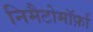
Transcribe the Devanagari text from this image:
निमैटोमॉर्फ़ा